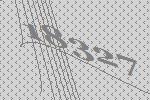
18327